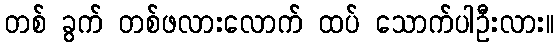
တစ် ခွက် တစ်ဖလားလောက် ထပ် သောက်ပါဦးလား။